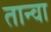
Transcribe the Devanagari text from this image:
तान्वा